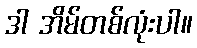
ဒါ အိမ်တစ်လုံးပါ။